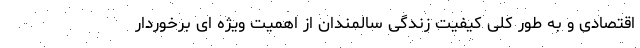
اقتصادی و به طور کلی کیفیت زندگی سالمندان از اهمیت ویژه ای برخوردار